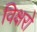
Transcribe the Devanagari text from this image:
विक्षरो